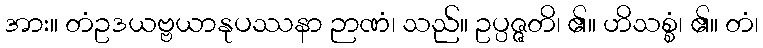
အား။ တံဥဒယဗ္ဗယာနုပဿနာ ဉာဏံ၊ သည်။ ဥပ္ပဇ္ဇတိ၊ ၏။ ဟိသစ္စံ၊ ၏။ တံ၊